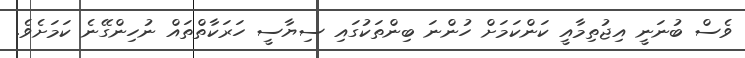
ވެސް ބުނަނީ އިޖުތިމާއީ ކަންކަމަށް ހުންނަ ބިންތަކުގައި ސިޔާސީ ހަރަކާތްތައް ނުހިންގޭނެ ކަމަށެވެ.